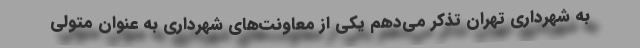
به شهرداری تهران تذکر می‌دهم یکی از معاونت‌های شهرداری به عنوان متولی